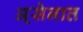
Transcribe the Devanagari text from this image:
अ्सेनात